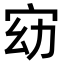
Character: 𫳀